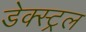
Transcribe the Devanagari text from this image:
डेक्स्ट्रल